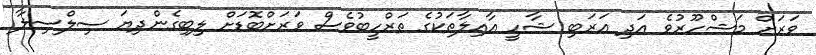
ވަރަށް މަޝްހޫރުވެ އަދި އަރަބި ޝާހީ އާއިލާތަކުގެ ތަރްހީބުވެސް ވަރަށްބޮޑަށް ލިބިގެންދިޔަ ސިލްސިލާ